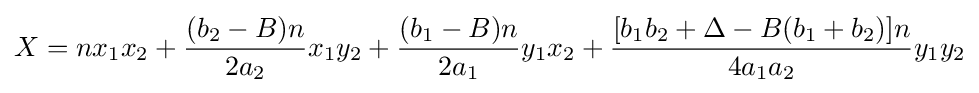
X=nx_{1}x_{2}+{\frac {(b_{2}-B)n}{2a_{2}}}x_{1}y_{2}+{\frac {(b_{1}-B)n}{2a_{1}}}y_{1}x_{2}+{\frac {[b_{1}b_{2}+\Delta -B(b_{1}+b_{2})]n}{4a_{1}a_{2}}}y_{1}y_{2}